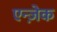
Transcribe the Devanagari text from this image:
एन्ज़ेक